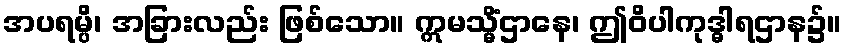
အပရမ္ပိ၊ အခြားလည်း ဖြစ်သော။ ဣမသ္မိံဌာနေ၊ ဤဝိပါကုဒ္ဓါရဌာန၌။